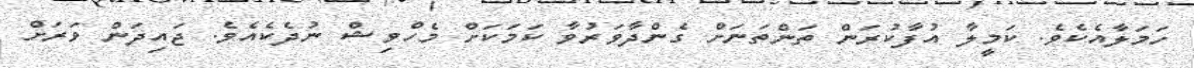
ހަމަލާއެކެވެ. ކަމީލާ އުފާކުރަން ތަންތަނަށް ގެންދާވަރުވާ ކަމަކަށް މެހްވިޝް ނުދެކެއެވެ. ޖައިދަން ވަރަށް